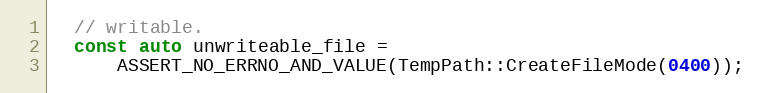
Language: C++
  // writable.
  const auto unwriteable_file =
      ASSERT_NO_ERRNO_AND_VALUE(TempPath::CreateFileMode(0400));